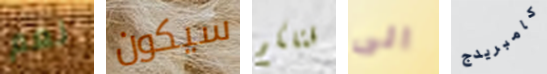
نعم سيكون قتلكم الى كامبريدج